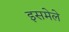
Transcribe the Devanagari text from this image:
इसमेले